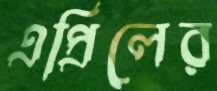
এপ্রিলের